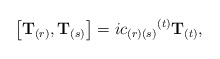
\begin{align*}\left[{\bf T}_{(r)},{\bf T}_{(s)}\right] = i {c_{(r)(s)}}^{(t)}{\bf T}_{(t)},\end{align*}